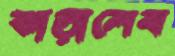
ঝাড়ালেম